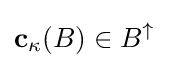
\mathbf {c} _{\kappa }(B)\in B^{\uparrow }